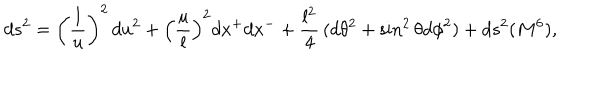
LaTeX: d s ^ { 2 } = \left( \frac { l } { u } \right) ^ { 2 } \, d u ^ { 2 } + \left( \frac { u } { l } \right) ^ { 2 } d x ^ { + } d x ^ { - } + \frac { l ^ { 2 } } { 4 } \, ( d \theta ^ { 2 } + \sin ^ { 2 } \theta d \phi ^ { 2 } ) + d s ^ { 2 } ( M ^ { 6 } ) ,